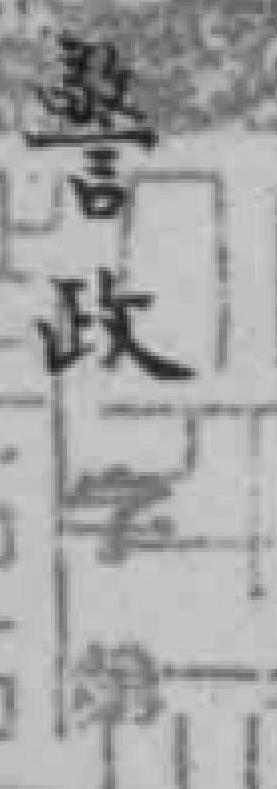
警政字第